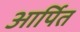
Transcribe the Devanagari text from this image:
आर्पित